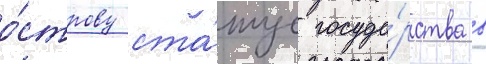
о́строву ста́тус госуда́рства в